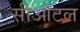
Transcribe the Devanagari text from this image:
सीओटल